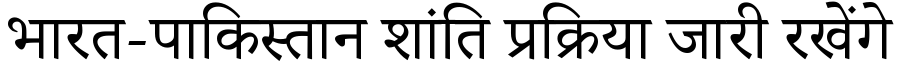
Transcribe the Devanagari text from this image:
भारत-पाकिस्तान शांति प्रक्रिया जारी रखेंगे